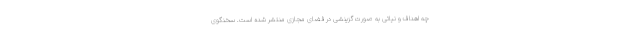
چه اهداف و نیاتی به صورت گزینشی در فضای مجازی منتشر شده است. سخنگوی